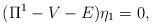
LaTeX: \begin{align*}({\Pi}^1 - V- E ){\eta}_1 =0,\end{align*}